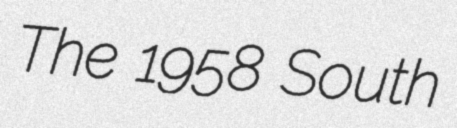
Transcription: The 1958 South